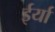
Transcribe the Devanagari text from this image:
ईर्या